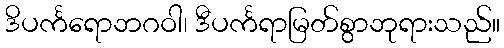
ဒိပင်္ကရောဘဂဝါ၊ ဒီပင်္ကရာမြတ်စွာဘုရားသည်။